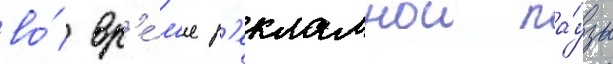
во́ вр'е́м'я р'екламнои па́узы